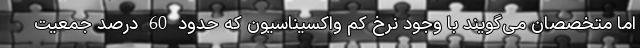
اما متخصصان می‌گویند با وجود نرخ کم واکسیناسیون که حدود 60 درصد جمعیت